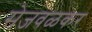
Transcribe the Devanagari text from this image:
सेजवळकर